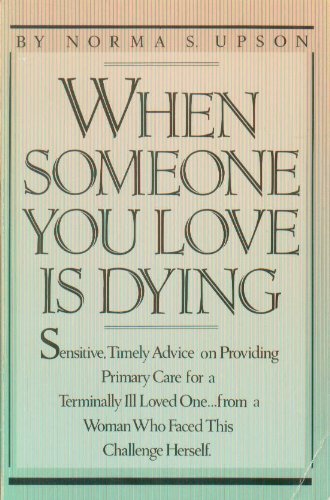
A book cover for When Someone You Love Is Dying; Norma S. Upson; Medical Books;